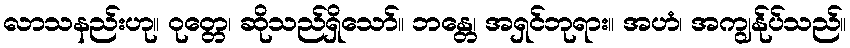
လာသနည်းဟု။ ဝုတ္တေ၊ ဆိုသည်ရှိသော်။ ဘန္တေ၊ အရှင်ဘုရား။ အဟံ၊ အကျွန်ုပ်သည်။